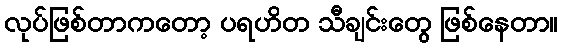
လုပ်ဖြစ်တာကတော့ ပရဟိတ သီချင်းတွေ ဖြစ်နေတာ။